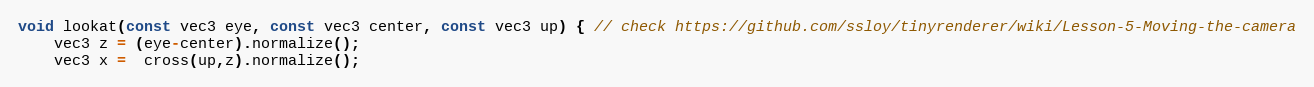
Language: C++
void lookat(const vec3 eye, const vec3 center, const vec3 up) { // check https://github.com/ssloy/tinyrenderer/wiki/Lesson-5-Moving-the-camera
    vec3 z = (eye-center).normalize();
    vec3 x =  cross(up,z).normalize();